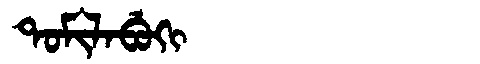
Manchu: ᡨᠣᠮᡳᠯᠠᠪᡠᡴᡳ
Romanization: TOMILABUKI